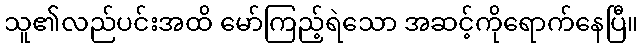
သူ၏လည်ပင်းအထိ မော်ကြည့်ရဲသော အဆင့်ကိုရောက်နေပြီ။